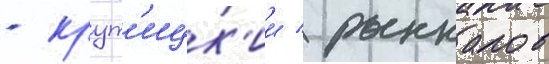
- крут'ицк'ии / рыкалов